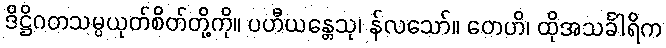
ဒိဋ္ဌိဂတသမ္ပယုတ်စိတ်တို့ကို။ ပဟီယန္တေသု၊ န်လသော်။ တေဟိ၊ ထိုအသင်္ခါရိက